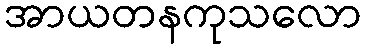
အာယတနကုသလော